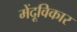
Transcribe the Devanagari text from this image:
मेंदूविकार